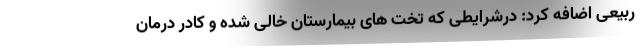
ربیعی اضافه کرد: درشرایطی که تخت های بیمارستان خالی شده و کادر درمان